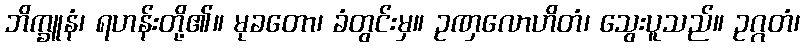
ဘိက္ခူနံ၊ ရဟန်းတို့၏။ မုခတော၊ ခံတွင်းမှ။ ဥဏှလောဟိတံ၊ သွေးပူသည်။ ဥဂ္ဂတံ၊